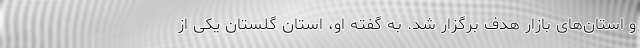
و استان‌های بازار هدف برگزار شد. به گفته او، استان گلستان یکی از